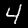
Label: 4